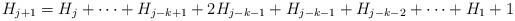
LaTeX: \begin{align*} H_{j+1} = H_j + \dots + H_{j-k+1} + 2H_{j-k-1} + H_{j-k-1} + H_{j-k-2} + \dots + H_1 +1\end{align*}